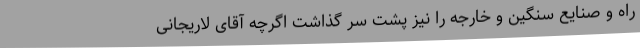
راه و صنایع سنگین و خارجه را نیز پشت سر گذاشت اگرچه آقای لاریجانی